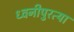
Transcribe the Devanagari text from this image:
ध्वनीपुरत्या